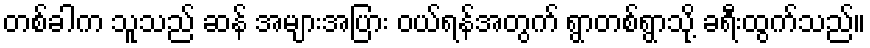
တစ်ခါက သူသည် ဆန် အများအပြား ဝယ်ရန်အတွက် ရွာတစ်ရွာသို့ ခရီးထွက်သည်။